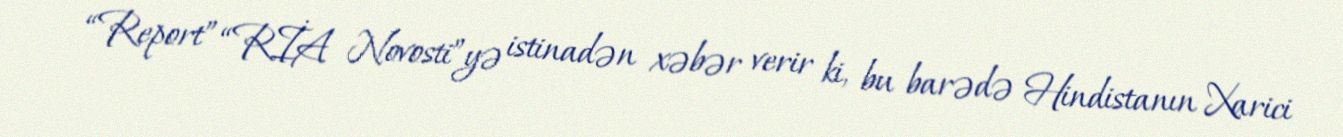
“Report” “RİA Novosti”yə istinadən xəbər verir ki, bu barədə Hindistanın Xarici